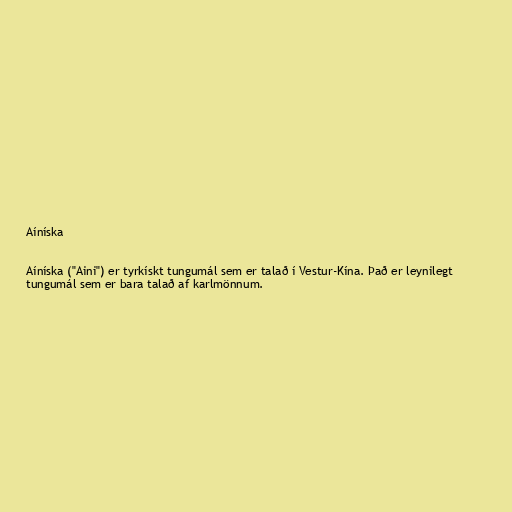
Aíníska

Aíníska ("Aini") er tyrkískt tungumál sem er talað í Vestur-Kína. Það er leynilegt
tungumál sem er bara talað af karlmönnum.